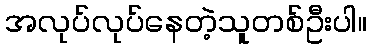
အလုပ်လုပ်နေတဲ့သူတစ်ဦးပါ။